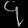
Digit: ၄